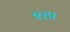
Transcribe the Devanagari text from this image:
श्हा